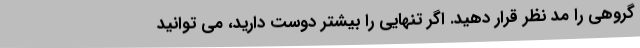
گروهی را مد نظر قرار دهید. اگر تنهایی را بیشتر دوست دارید، می توانید